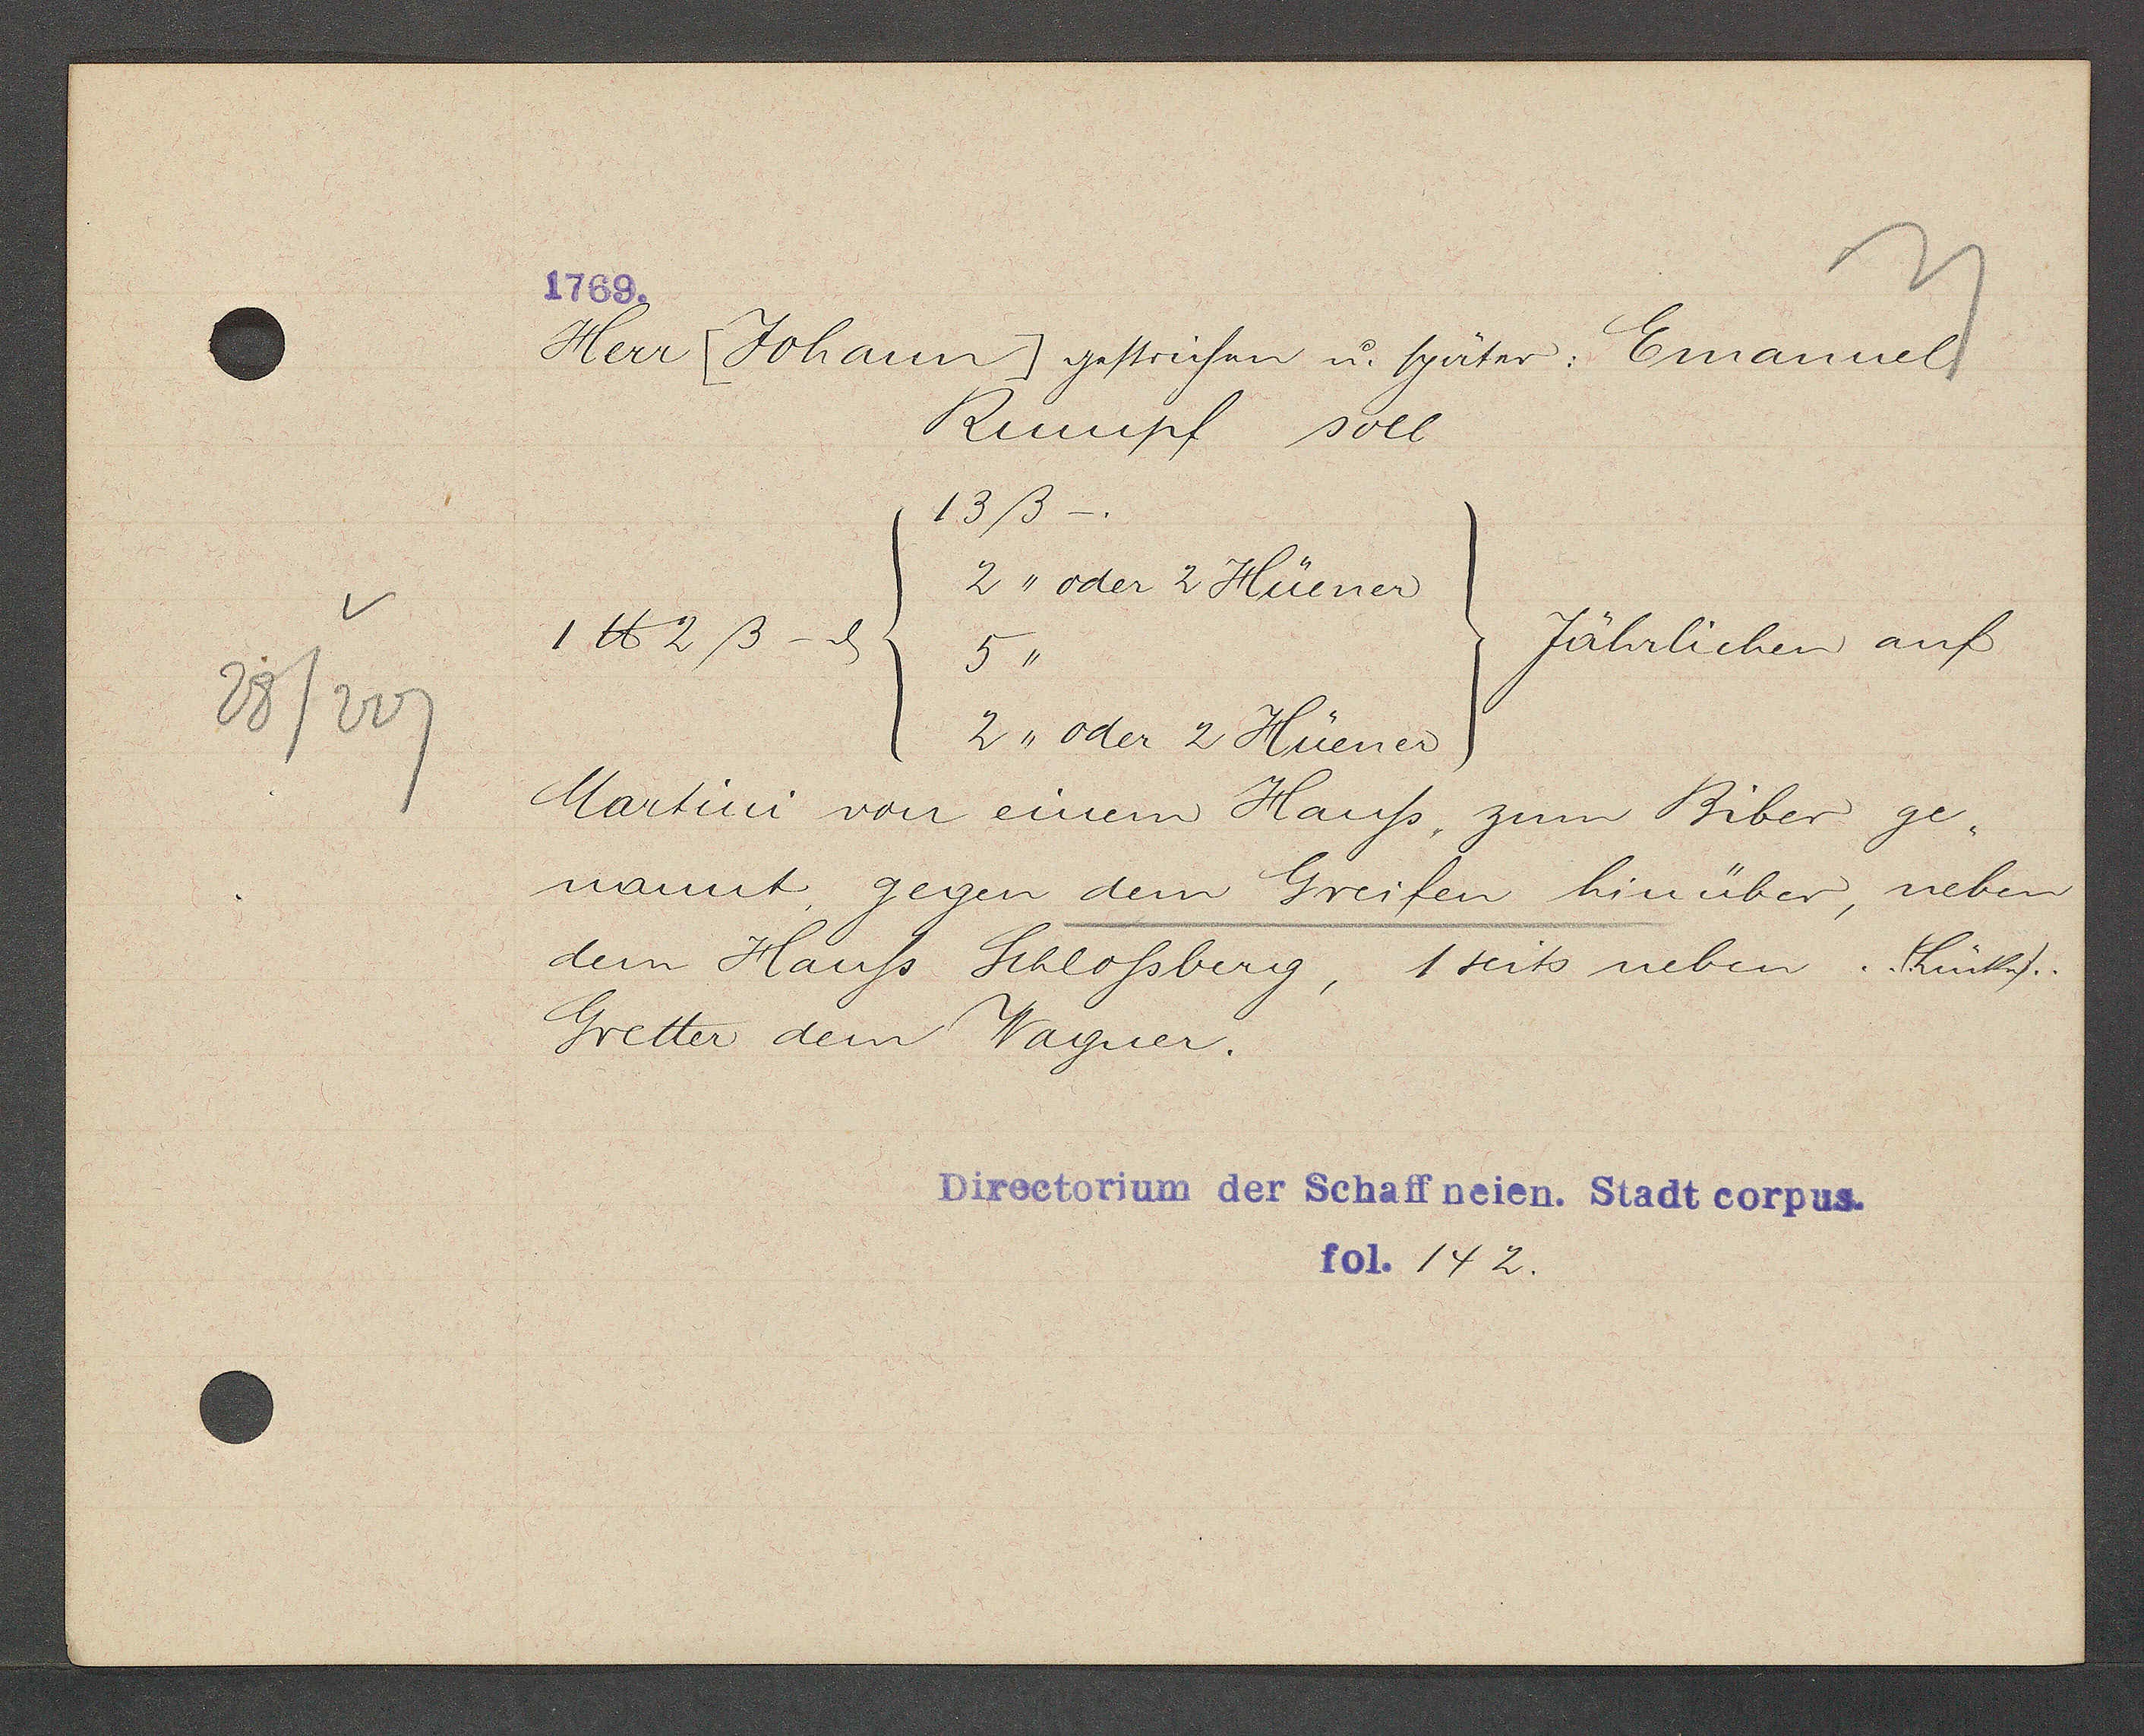
Transcript:
28/207

1769.

Herr [Johann] gestrichen u. später: Emannuel
Rumpf soll
13ß-.
2,, oder 2 Hüener
1 ℔ 2 ß - ȡ
Jährlichen auf
5,,
2,, oder 2 Hüener
Martini von einem Hauss, zum Biber ge¬
nannt, gegen dem Greifen hinüber, neben
dem Hauss Schlossberg, 1seits neben. (Lücke)
Gretter dem Wagner.

Directorium der Schaffneien. Stadt corpus.
fol. 142.